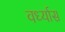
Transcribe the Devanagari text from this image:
वर्ध्यास